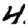
Digit: 4